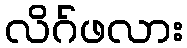
လိဂ်ဖလား